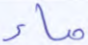
ماء